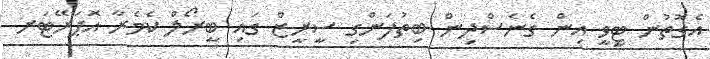
އެގޮތުން ޓީވީ އިން ގެނެސްދިން ބިތުފަންގި ސީރީޒް ގައި ބީރޯލް ކެމެރާ އޮޕަރޭޓަރ